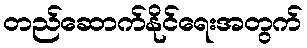
တည်ဆောက်နိုင်ရေးအတွက်